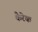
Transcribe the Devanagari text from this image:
कैरेक